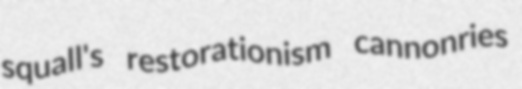
squall's restorationism cannonries